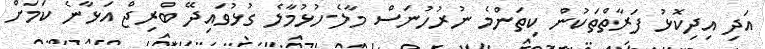
އަދި އިދިކޮޅު ފަރާތްތަކުން ކިތަންމެ ނުރުހުނަސް މާލެ-ހުޅުމާލެ ގުޅުވައިދޭ ބްރިޖް އަޅާނެ ކަމަށް